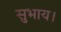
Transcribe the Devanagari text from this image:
सुभाय।